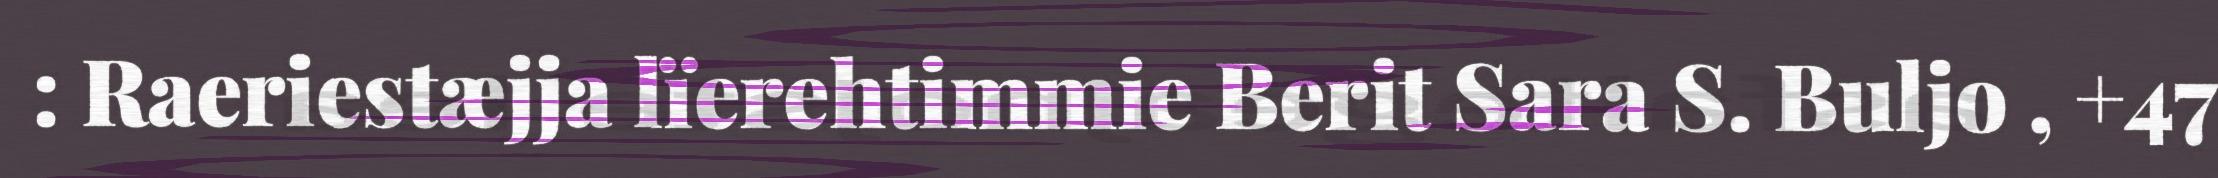
: Raeriestæjja lïerehtimmie Berit Sara S. Buljo , +47